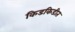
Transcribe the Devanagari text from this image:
किडकिडीत